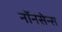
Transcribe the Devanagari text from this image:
नॉनसेन्स